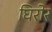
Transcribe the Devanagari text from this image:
घिरोर